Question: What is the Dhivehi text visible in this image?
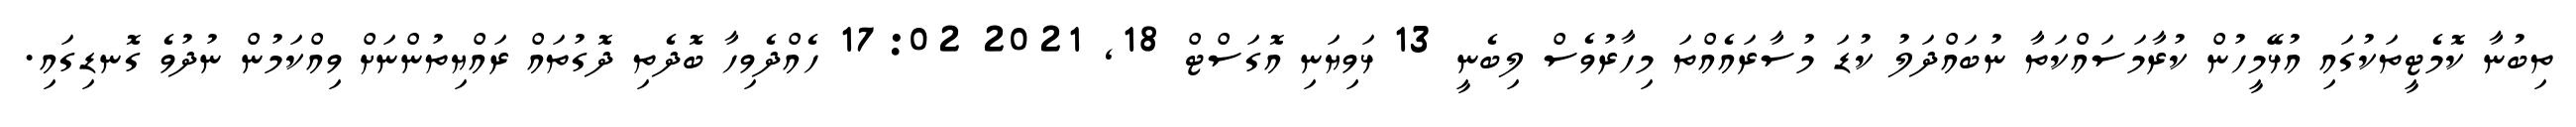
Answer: ތިބުނާ ކޮމެޓީތަކުގައި އުޅޭމީހުން ކުރާމަސައްކަތާ ނުބައްދަލު ކުޑަ މުސާރައެއްތަ މިހާރުވެސް ލިބެނީ 13 ޅަވިޔަނި އޮގަސްޓް 18, 2021 17:02 ހެއްދެވިހާ ބޮދެތި ދޮގުތައް ރައްޔިތުންނަށް ވިއްކަމުން ނުދުވެ ގޮނޑިގައި.